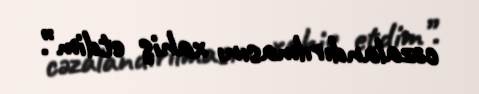
cəzalandırılmasını xahiş etdim”.